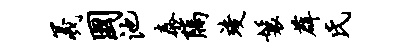
羲国池泰隔竣鬟薜氏